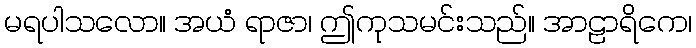
မရပါသလော။ အယံ ရာဇာ၊ ဤကုသမင်းသည်။ အာဠာရိကေ၊